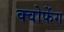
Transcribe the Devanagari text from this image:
क्वोफेंग